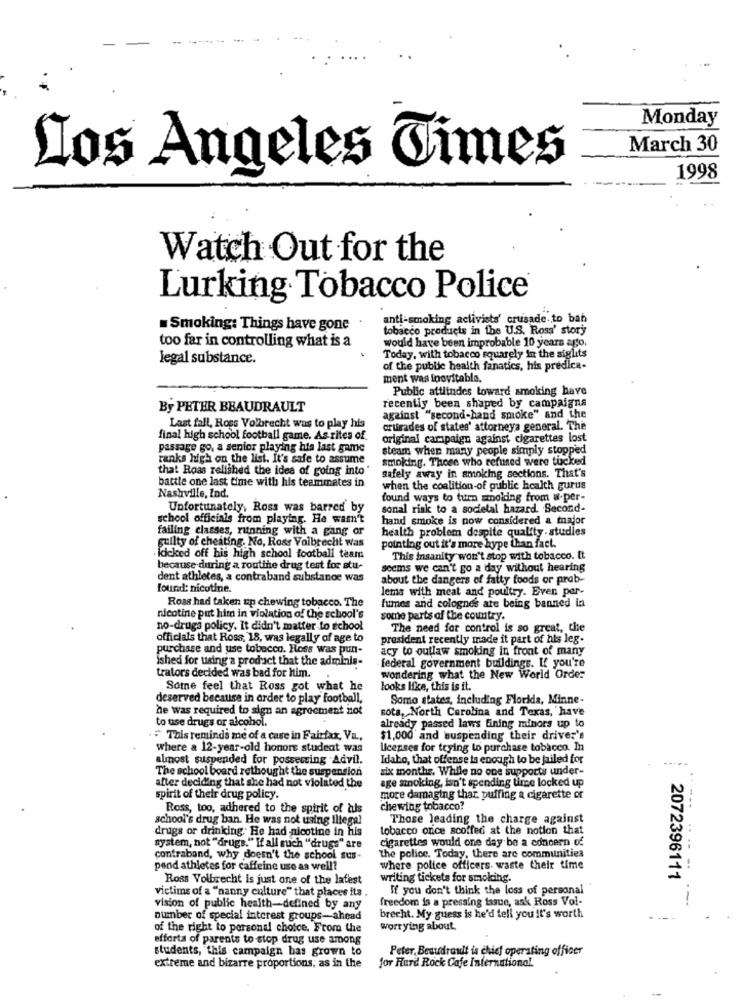
Monday
March 30
Los Angeles Times
1998
Watch Out for the
Lurking Tobacco Police
anti-smoking activists' crusade to ban
Smoking: Things have gone
tobacco products in the U.S. Ross' story
too far in controlling what is a
would have been improbable 10 years ago.
legal substance.
Today, with tobacco squarely in the siglits
of the public health fanatics, his predica-
ment was inevitable.
Public attitudes toward smoking have
By PETER BBAUDRAULT
recently been shaped by campaigns
against "second-hand smoke" and the
Last fall, Ross Volbrecht was to play his
crusades of states' attorneya general. The
final high school football game. As rites of
original campaign against cigarettes lost
passage go, a senior playing his last game
steam when many people simply stopped
ranks high on the list. It's safe to assume
smoking. Those who refused were tucked
that Roas relished the idea of going into
battle one last time with his teammates in
safely away in smoking sections. That's
when the coalition-of public health gurus
Nashville, Ind.
found ways to turn smoking from w-per-
Unfortunately, Ross was barred by
sonal risk to a societal hazard. Second-
school officials from playing. He wasn't
hand smoke is now considered a major
failing classes, running with a gang or
health problem despite quality .studies
guilty of cheating. No, Ross Voibrechit was
pointing out it's more hype than fact.
· kicked off his high school football team
This insanity won't stop with tobacco. It
because during a routine drug test for stu-
seems we can't go a day without hearing
dent athletes, a contraband substance was
about the dangers of fatty foods or prob-
found: nicotine.
lems with meat and poultry. Even per-
Ross had taken up chewing tobacco. The
fumes and colognes are being banned in
nicotine put him in violation of the school's
some parts of the country.
no-druga policy. It didn't matter to school
The need for control is so great, the
officials that Ross, 18, was legally of age to
president recently made it part of his leg-
purchase and use tobacco. Ross was pun-
acy to outlaw smoking in front of many
ished for using a product that the adminis-
federal government buildings. If you're
trators decided was bad for him.
wondering what the New World Order
Some feel that Ross got what he
looks like, this is it.
deserved because in order to play football,
Somo states, including Florida, Minne-
he was required to sign an agreement not
sota, North Carolina and Texas, have
to use drugs or alcohol.
already passed laws Eining minors up to
This reminds me of a case in Fairfax, Va .,
$1,000 and suspending their driver's
where a 12-year-old honore student was
Licenses for trying to purchase tobacco. In
almost suspended for possessing Advil.
Idaho, that offense la enough to be jailed for
The school board rethought the suspension
six months, While no one supports under-
age smoking, isn't spending time locked up
after deciding that she had not violated the
spirit of their drug policy.
more damaging thar. puffing a cigarette or
Ross, too, adhered to the spirit of duls
chewing tobacco?
school's drug ban. He was not using illegal
Those leading the charge against
drugs or drinking. He had nicotine in his
tobacco orice scoffed at the notion that
cigarettes would one day be a concern of
system, not "drugs." If all such "drugs" are
contraband, why doesn't the school sus-
the police. Today, there are communities
pend athletes for caffeine use as well?
where police officers waste their time
Ross Volbrecht is just one of the latest
writing tickets for smoking.
2072396111
victims of a "nanny culture" that places its.
If you don't think the loss of personal
freedom is a pressing tasue, ask Ross Vol-
--
vision of public health-defined by any
number of special interest groups-ahead
brecht. My guess is he'd tell you it's worth
of the right to personal choice. From the
worrying about.
efforts of parents to stop drug use among
students, this campaign has grown to
Peter, Besudrault is chief operating officer
extreme and bizarre proportions; as in the
for Hard Rock Cafe International